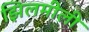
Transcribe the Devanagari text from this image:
झिलमीली